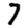
Digit: 7